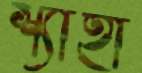
শ্যাহা